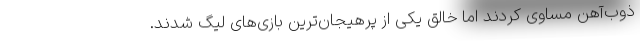
ذوب‌آهن مساوی کردند اما خالق یکی از پرهیجان‌ترین بازی‌های لیگ شدند.